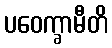
ပဝေက္ခာမီတိ